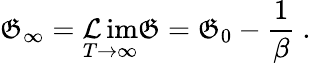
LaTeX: \mathfrak{G}_{\infty}=\operatorname*{\mathcal{L}im}_{T\to\infty}\mathfrak{G}=\mathfrak{G}_{0}-{\frac{{1}}{{\beta}}}\ .